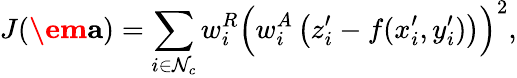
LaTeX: J(\textbf{\em a})=\sum_{i\in\mathcal{N}_{c}}w_{i}^{R}\left(w_{i}^{A}\left(z_{i}^{\prime}-f(x_{i}^{\prime},y_{i}^{\prime})\right)\right)^{2},